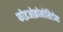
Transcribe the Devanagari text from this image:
फोइओक्रोमोसिटोमा